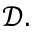
\mathcal { D } .